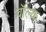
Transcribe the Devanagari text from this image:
वॉल्क